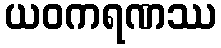
ယဝကရဏဿ